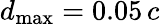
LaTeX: d_{\operatorname*{max}}=0.05\, c